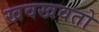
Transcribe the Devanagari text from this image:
खवखवतो